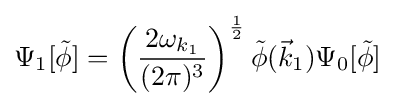
\Psi _{1}[{\tilde {\phi }}]=\left({\frac {2\omega _{k_{1}}}{(2\pi )^{3}}}\right)^{\frac {1}{2}}{\tilde {\phi }}({\vec {k}}_{1})\Psi _{0}[{\tilde {\phi }}]